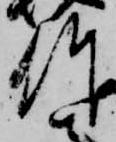
作